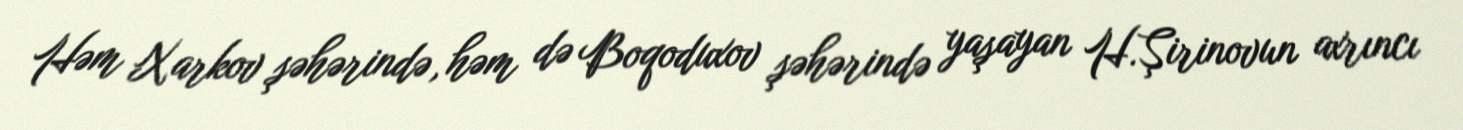
Həm Xarkov şəhərində, həm də Boqoduxov şəhərində yaşayan H.Şirinovun axrıncı